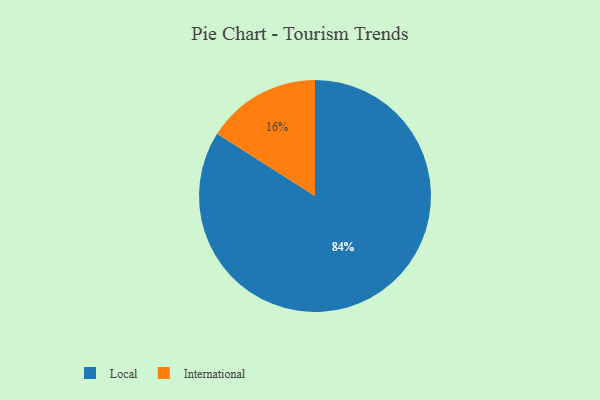
{"axis": {"x": "Category", "y": "Percentage"}, "legend": ["International", "Local"], "data": [{"x": "Local", "y": 84, "type": "Local"}, {"x": "International", "y": 16, "type": "International"}]}